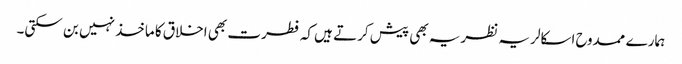
ہمارے ممدوح اسکالر یہ نظریہ بھی پیش کرتے ہیں کہ فطرت بھی اخلاق کا ماخذ نہیں بن سکتی۔